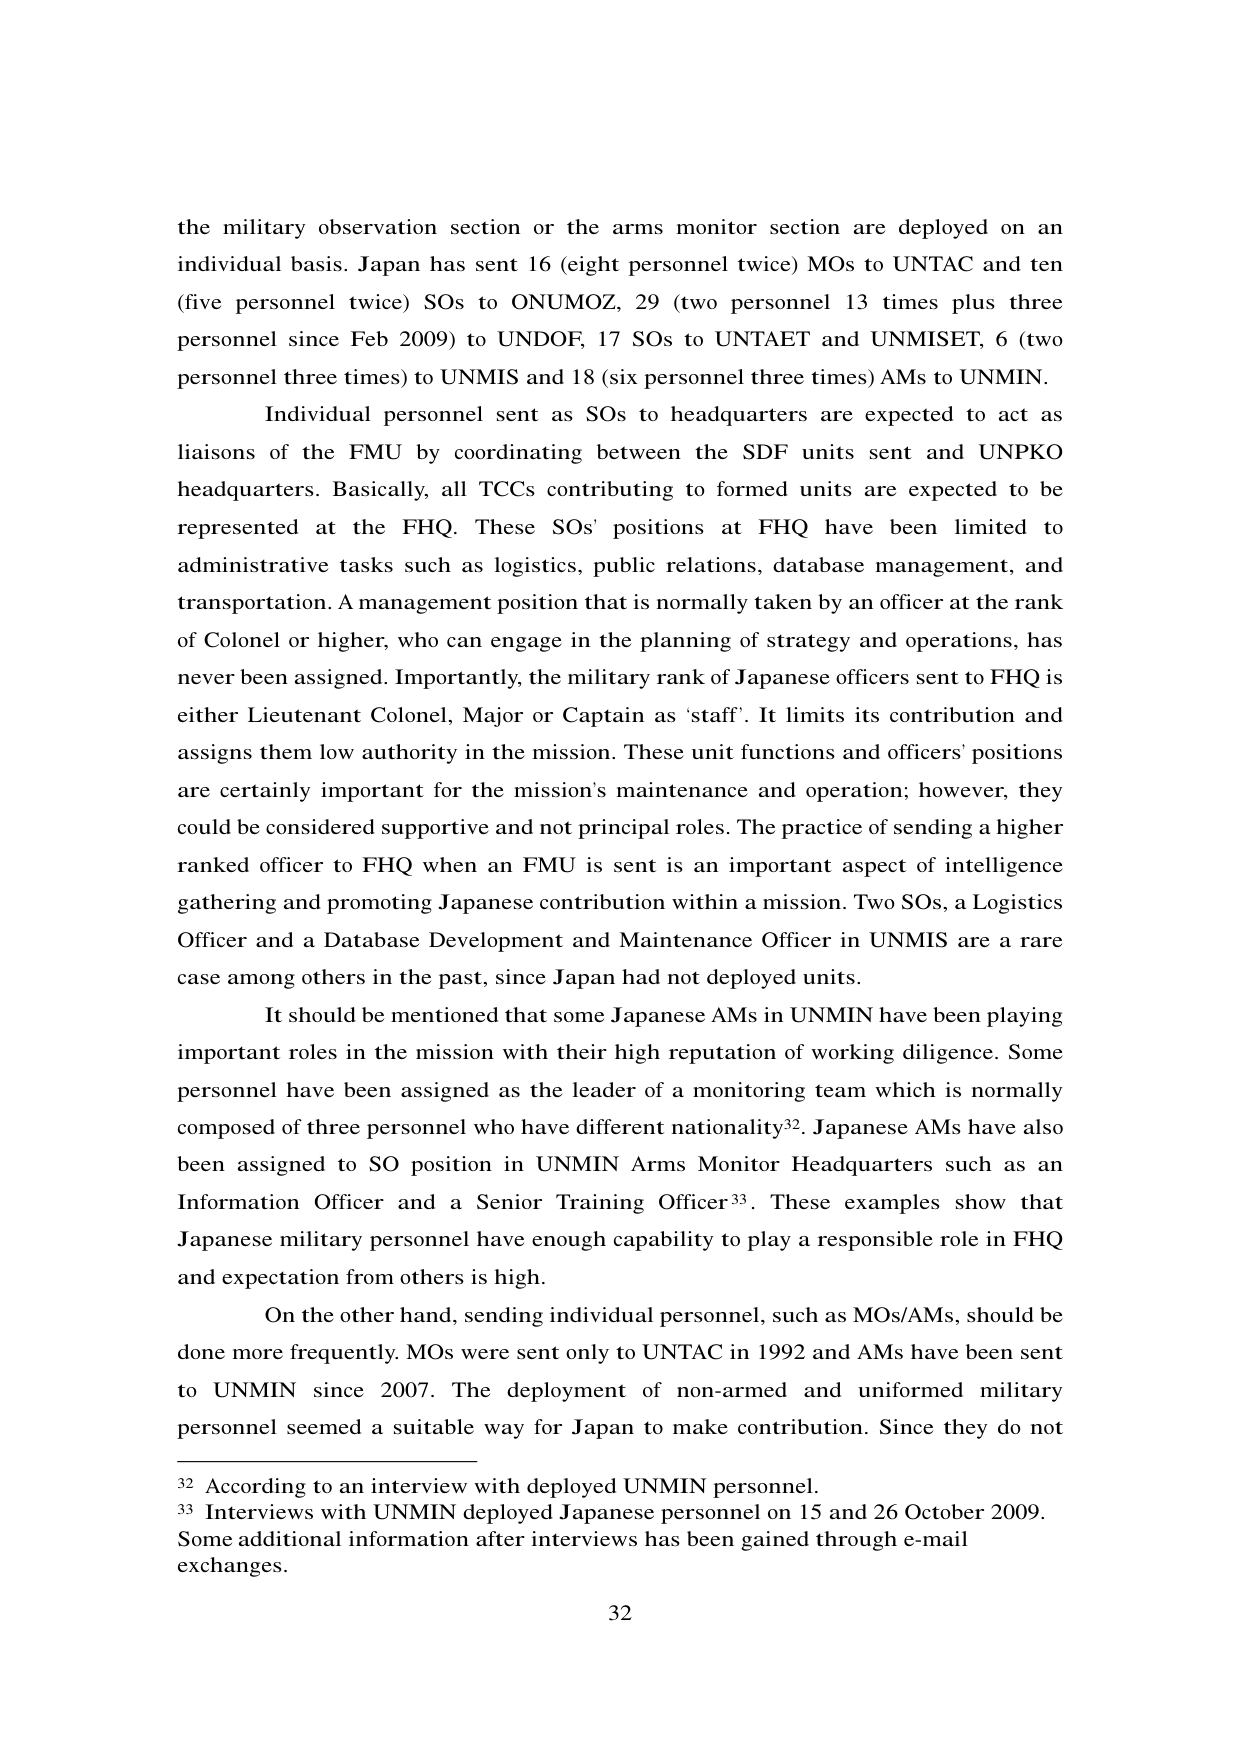
the military observation section or the arms monitor section are deployed on an individual basis. Japan has sent 16 (eight personnel twice) MOs to UNTAC and ten (five personnel twice) SOs to ONUMOZ, 29 (two personnel 13 times plus three personnel since Feb 2009) to UNDOF, 17 SOs to UNTAET and UNMISSET, 6 (two personnel three times) to UNMIS and 18 (six personnel three times) AMs to UNMIN.

Individual personnel sent as SOs to headquarters are expected to act as liaisons of the FMU by coordinating between the SDF units sent and UNPKO headquarters. Basically, all TCCs contributing to formed units are expected to be represented at the FHQ. These SOs' positions at FHQ have been limited to administrative tasks such as logistics, public relations, database management, and transportation. A management position that is normally taken by an officer at the rank of Colonel or higher, who can engage in the planning of strategy and operations, has never been assigned. Importantly, the military rank of Japanese officers sent to FHQ is either Lieutenant Colonel, Major or Captain as'staff'. It limits its contribution and assigns them low authority in the mission. These unit functions and officers' positions are certainly important for the mission's maintenance and operation; however, they could be considered supportive and not principal roles. The practice of sending a higher ranked officer to FHQ when an FMU is sent is an important aspect of intelligence gathering and promoting Japanese contribution within a mission. Two SOs, a Logistics Officer and a Database Development and Maintenance Officer in UNMIS are a rare case among others in the past, since Japan had not deployed units.

It should be mentioned that some Japanese AMs in UNMIN have been playing important roles in the mission with their high reputation of working diligence. Some personnel have been assigned as the leader of a monitoring team which is normally composed of three personnel who have different nationality³². Japanese AMs have also been assigned to SO position in UNMIN Arms Monitor Headquarters such as an Information Officer and a Senior Training Officer³³. These examples show that Japanese military personnel have enough capability to play a responsible role in FHQ and expectation from others is high.

On the other hand, sending individual personnel, such as MOs/AMs, should be done more frequently. MOs were sent only to UNTAC in 1992 and AMs have been sent to UNMIN since 2007. The deployment of non-armed and uniformed military personnel seemed a suitable way for Japan to make contribution. Since they do not

³² According to an interview with deployed UNMIN personnel.
³³ Interviews with UNMIN deployed Japanese personnel on 15 and 26 October 2009. Some additional information after interviews has been gained through e-mail exchanges.

32